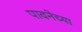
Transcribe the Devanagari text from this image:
पावनेच्या